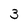
Character: 3